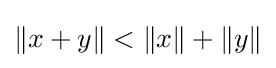
\|x+y\|<\|x\|+\|y\|